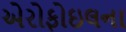
એરોફોઇલના